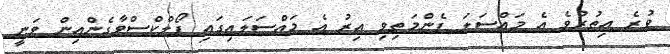
ވުރެ އިތުރުވެ އެ މައްސަލަ ފެންމަތިވި އިރު އެ މައްސަލައިގައި ފޯލްކްސްވާގެންއިން ވަނީ